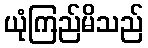
ယုံကြည်မိသည်